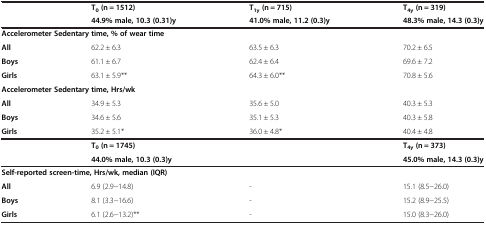
| <ROWSPAN=2>  | T0 (n = 1512) | T1y (n = 715) | T4y (n = 319) |
 | 44.9% male, 10.3 (0.31)y | 41.0% male, 11.2 (0.3)y | 48.3% male, 14.3 (0.3)y |
 | --- | --- | --- | --- |
 | <COLSPAN=4> Accelerometer Sedentary time, % of wear time |
 | All | 62.2 ± 6.3 | 63.5 ± 6.3 | 70.2 ± 6.5 |
 | Boys | 61.1 ± 6.7 | 62.4 ± 6.4 | 69.6 ± 7.2 |
 | Girls | 63.1 ± 5.9** | 64.3 ± 6.0** | 70.8 ± 5.6 |
 | <COLSPAN=4> Accelerometer Sedentary time, Hrs/wk |
 | All | 34.9 ± 5.3 | 35.6 ± 5.0 | 40.3 ± 5.3 |
 | Boys | 34.6 ± 5.6 | 35.1 ± 5.3 | 40.3 ± 5.8 |
 | Girls | 35.2 ± 5.1* | 36.0 ± 4.8* | 40.4 ± 4.8 |
 |  | T0 (n = 1745) |  | T4y (n = 373) |
 |  | 44.0% male, 10.3 (0.3)y |  | 45.0% male, 14.3 (0.3)y |
 | <COLSPAN=4> Self-reported screen-time, Hrs/wk, median (IQR) |
 | All | 6.9 (2.9−14.8) | - | 15.1 (8.5−26.0) |
 | Boys | 8.1 (3.3−16.6) | - | 15.2 (8.9−25.5) |
 | Girls | 6.1 (2.6−13.2)** | - | 15.0 (8.3−26.0) |